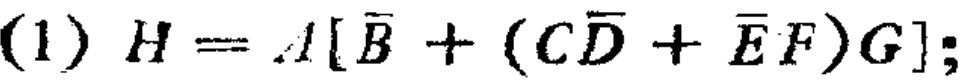
(1) \(H = A[\overline{B}+(C\overline{D}+\overline{E}F)G]\);